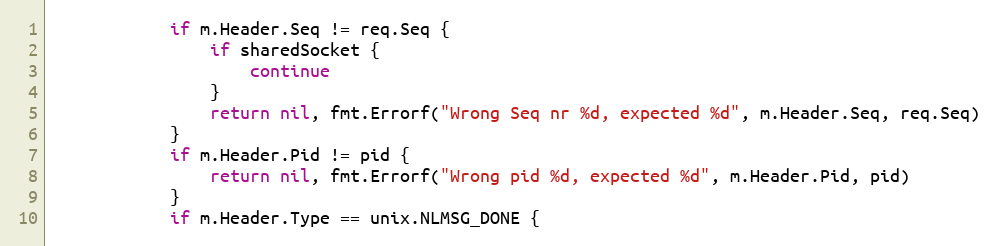
Language: Go
			if m.Header.Seq != req.Seq {
				if sharedSocket {
					continue
				}
				return nil, fmt.Errorf("Wrong Seq nr %d, expected %d", m.Header.Seq, req.Seq)
			}
			if m.Header.Pid != pid {
				return nil, fmt.Errorf("Wrong pid %d, expected %d", m.Header.Pid, pid)
			}
			if m.Header.Type == unix.NLMSG_DONE {